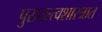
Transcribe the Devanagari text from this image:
पुरातत्त्वशास्त्रात